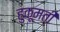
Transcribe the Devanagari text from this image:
हुकूमती